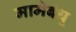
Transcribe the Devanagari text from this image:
मामेबंधू